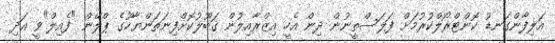
އަލިފާންގަނޑު ކޮންޓްރޯލްކުރުމަށް ފަލަސްތީނުން ދިން އެހީ އިޒްރާއިލުން ޤަބޫލުކޮށްފިނަތަންޔާހޫގެ ޕްލޭން "ފެއިލް"ވީ އަދި